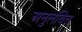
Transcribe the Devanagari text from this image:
अनुलंबित